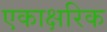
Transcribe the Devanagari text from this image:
एकाक्षरिक